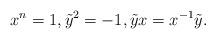
LaTeX: \begin{align*} x^n=1,\tilde y^2=-1,\tilde y x =x^{-1}\tilde y.\end{align*}